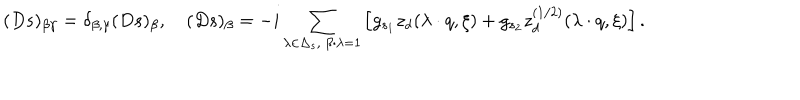
( D s ) _ { \beta \gamma } = \delta _ { \beta , \gamma } ( D s ) _ { \beta } , \quad ( D s ) _ { \beta } = - i \sum _ { \lambda \in \Delta _ { s } , \ \beta \cdot \lambda = 1 } \left[ g _ { s _ { 1 } } z _ { d } ( \lambda \cdot q , \xi ) + g _ { s _ { 2 } } z _ { d } ^ { ( 1 / 2 ) } ( \lambda \cdot q , \xi ) \right] .